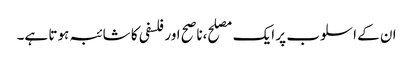
ان کے اسلوب پر ایک مصلح،ناصح اور فلسفی کا شائبہ ہوتا ہے۔